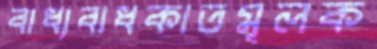
বাধ্যবাধকাতমূলক